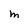
Character: M